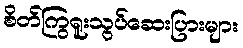
စိတ်ကြွရူးသွပ်ဆေးပြားများ